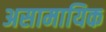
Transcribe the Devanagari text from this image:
असामायिक